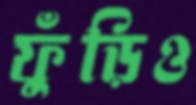
ফুঁড়িও